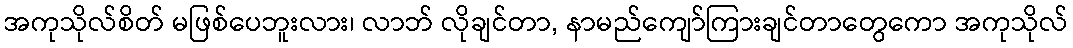
အကုသိုလ်စိတ် မဖြစ်ပေဘူးလား၊ လာဘ် လိုချင်တာ, နာမည်ကျော်ကြားချင်တာတွေကော အကုသိုလ်